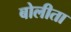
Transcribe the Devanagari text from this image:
बोलीता